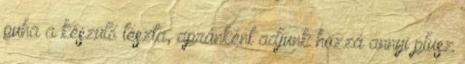
puha a készülő tészta, apránként adjunk hozzá annyi plusz